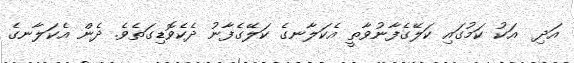
އަދި  އަކު ކަމުގައި ކަލޭގެފާނުވާތީ އެކަލާނގެ ކަލޭގެފާނު ދެކެވޮޑިގަތެވެ. ދެން އެކަލާނގެ